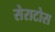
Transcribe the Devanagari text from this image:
सेराटोस